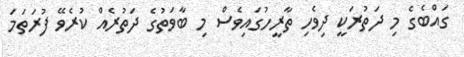
ގައްބެގެ މި ދަތުރަކީ ދިވެހި ތާރީހުގައިވެސް މި ބާވަތުގެ ދަތުރެއް ކުރެވޭ ފުރަތަމަ